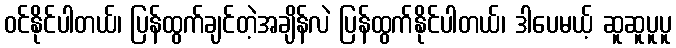
ဝင်နိုင်ပါတယ်၊ ပြန်ထွက်ချင်တဲ့အချိန်လဲ ပြန်ထွက်နိုင်ပါတယ်၊ ဒါပေမယ့် ဆူဆူပူပူ